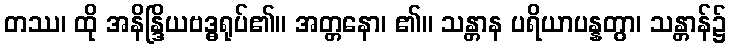
တဿ၊ ထို အနိန္ဒြိယဗဒ္ဓရုပ်၏။ အတ္တနော၊ ၏။ သန္တာန ပရိယာပန္နတွာ၊ သန္တာန်၌